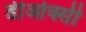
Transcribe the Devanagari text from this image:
डीओक्सी